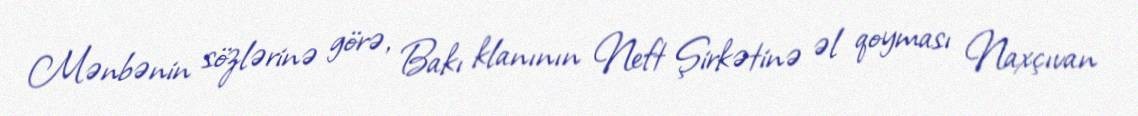
Mənbənin sözlərinə görə, Bakı klanının Neft Şirkətinə əl qoyması Naxçıvan